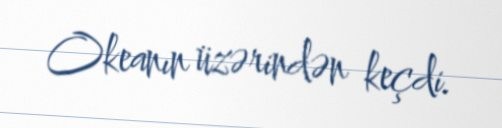
Okeanın üzərindən keçdi.